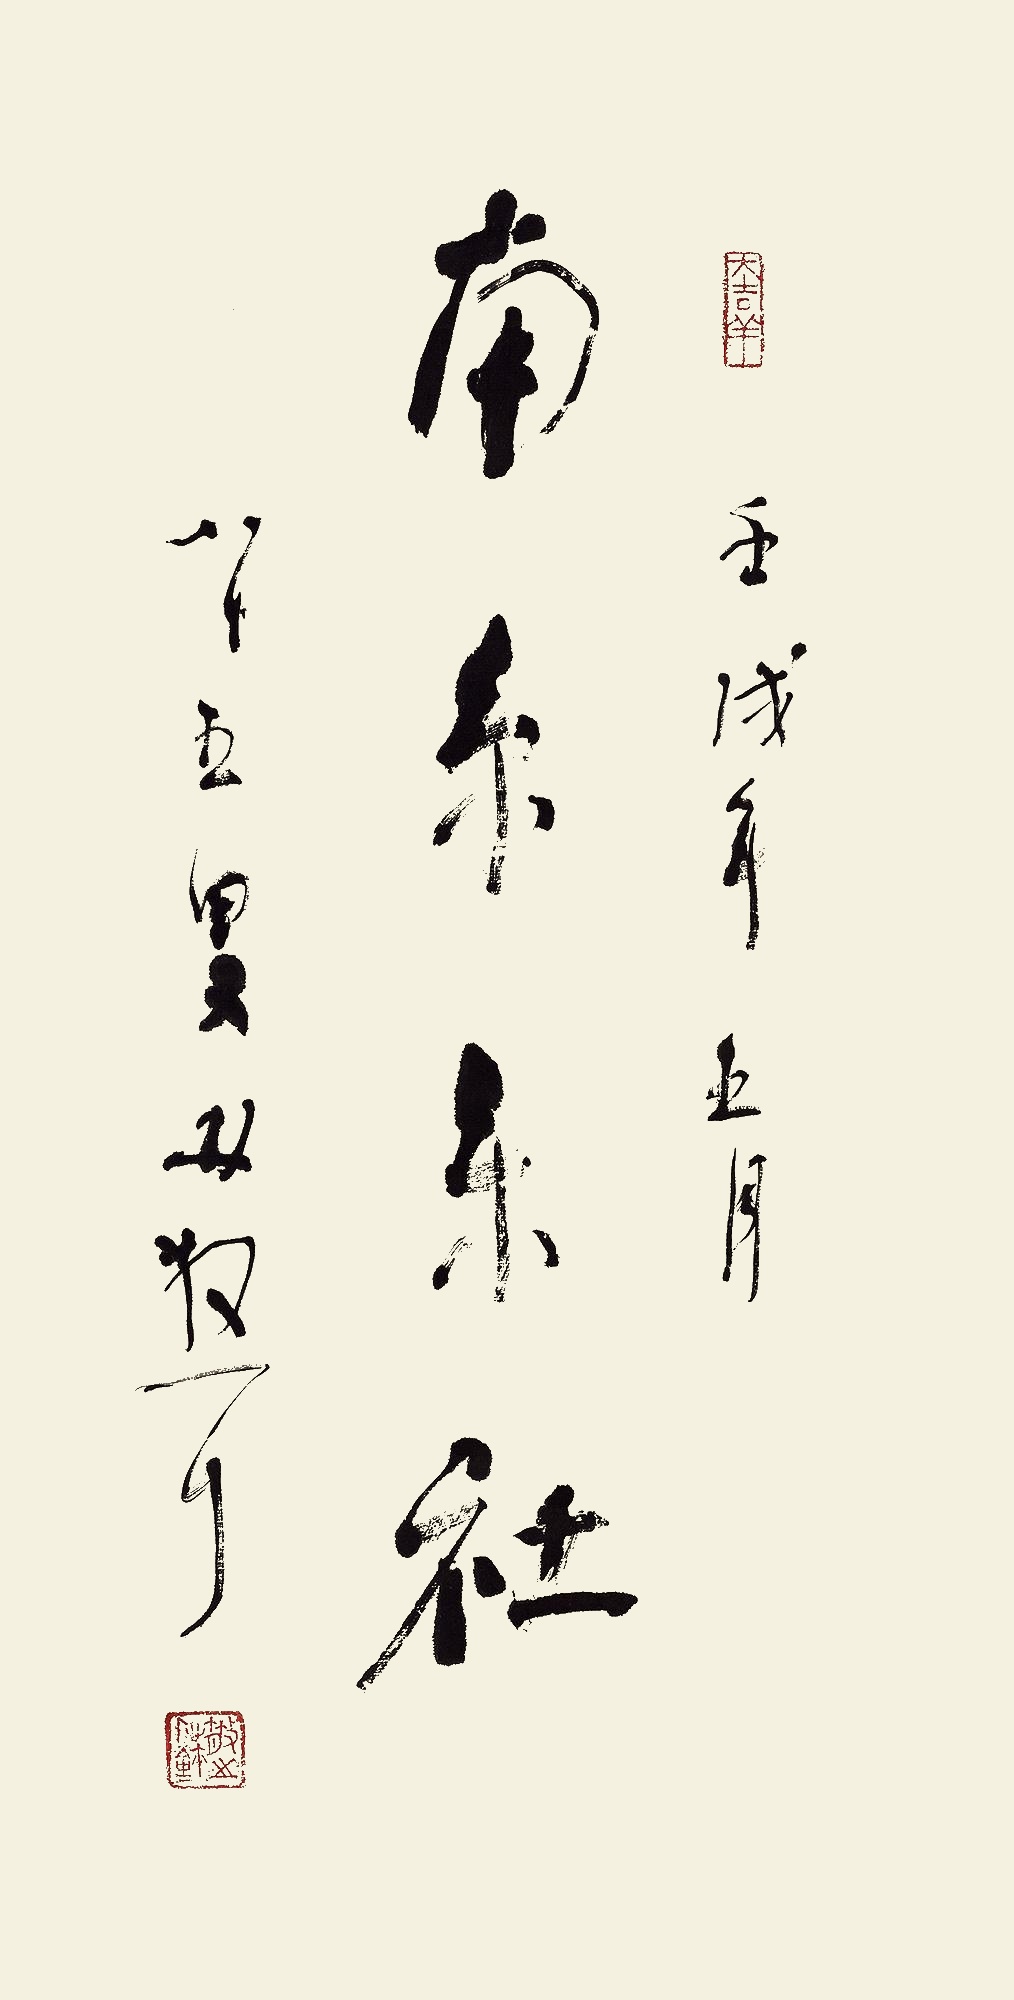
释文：南京乐社。壬戌年五月，八十五叟林散耳。